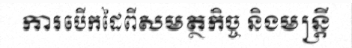
ការបើកដៃពីសមត្ថកិច្ច និងមន្ត្រី